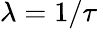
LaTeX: \lambda=1/\tau